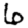
Digit: 6